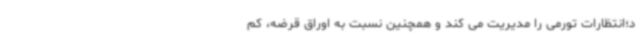
د؛انتظارات تورمی را مدیریت می کند و همچنین نسبت به اوراق قرضه، کم